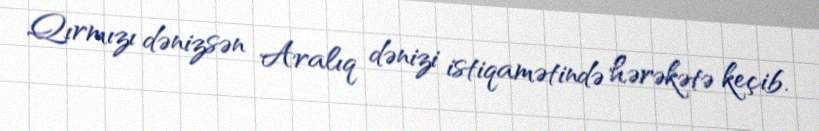
Qırmızı dənizsən Aralıq dənizi istiqamətində hərəkətə keçib.